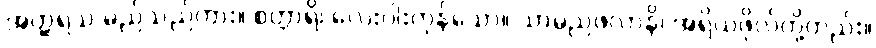
အတ္ထရသ မည်သည်ကား။ စတ္တာရိ၊ လေးပါးကုန်သော။ သာမညဖလာနိ၊ အရိယဖိုလ်တို့တည်း။